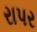
રાપર